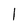
Character: l